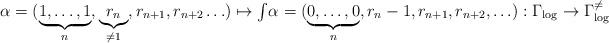
LaTeX: \begin{align*}\alpha = (\underbrace{1,\ldots,1}_n,\underbrace{r_n}_{\neq 1},r_{n+1},r_{n+2}\ldots) \mapsto \textstyle{\int}\alpha = (\underbrace{0,\ldots,0}_{n},r_n-1,r_{n+1},r_{n+2},\ldots):\Gamma_{\log} \to \Gamma_{\log}^{\neq}\end{align*}